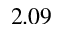
2 . 0 9